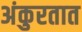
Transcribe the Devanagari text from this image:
अंकुरतात